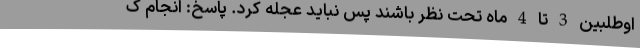
اوطلبین 3 تا 4 ماه تحت نظر باشند پس نباید عجله کرد. پاسخ: انجام ک